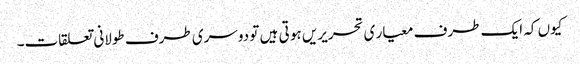
کیوں کہ ایک طرف معیار ی تحریریں ہو تی ہیں تو دوسری طرف طولانی تعلقات۔